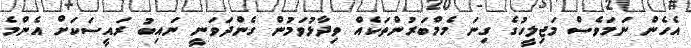
އެހެން ނަމަވެސް މަޖިލީހުގެ ގިނަ މެމްބަރުންތަކެއް ވިދާޅުވަމުން ގެންދަވަނީ ނައިބު ރައީސަކަށް އެންމެ